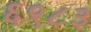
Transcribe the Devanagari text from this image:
६९८३